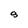
Character: 8